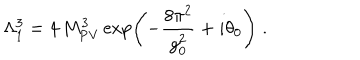
\Lambda _ { 1 } ^ { 3 } = 4 \, M _ { \mathrm { P V } } ^ { 3 } \exp \left( - \frac { 8 \pi ^ { 2 } } { g _ { 0 } ^ { 2 } } + i \theta _ { 0 } \right) \; .